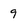
Character: 9